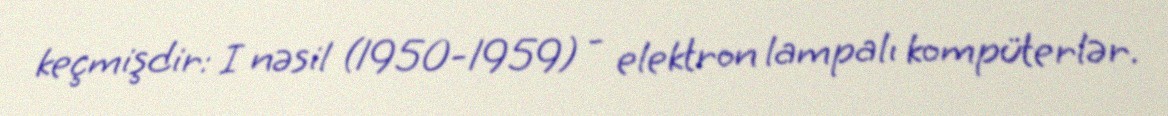
keçmişdir: I nəsil (1950-1959) - elektron lampalı kompüterlər.